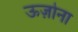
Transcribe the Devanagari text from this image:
ऊज़ोना